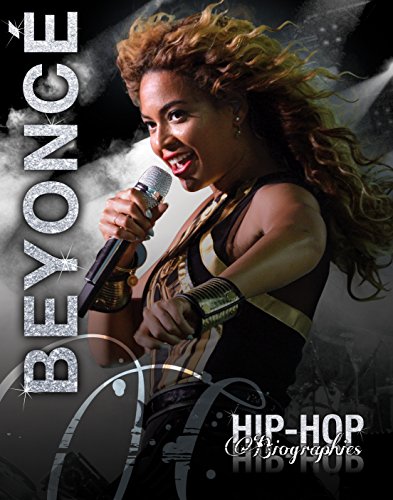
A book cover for Beyonce (Hip-Hop Biographies); Saddleback Educational Publishing; Teen & Young Adult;